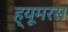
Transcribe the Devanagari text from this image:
ह्यूमरस